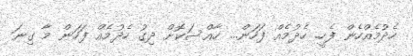
ހެދުމެއްހެން ފެހީ. ހެދުމެއް ފަހަން... ހާއްސަކޮށް ދިގު ހެދުމެއް ފަހަން މާ ގިނަ